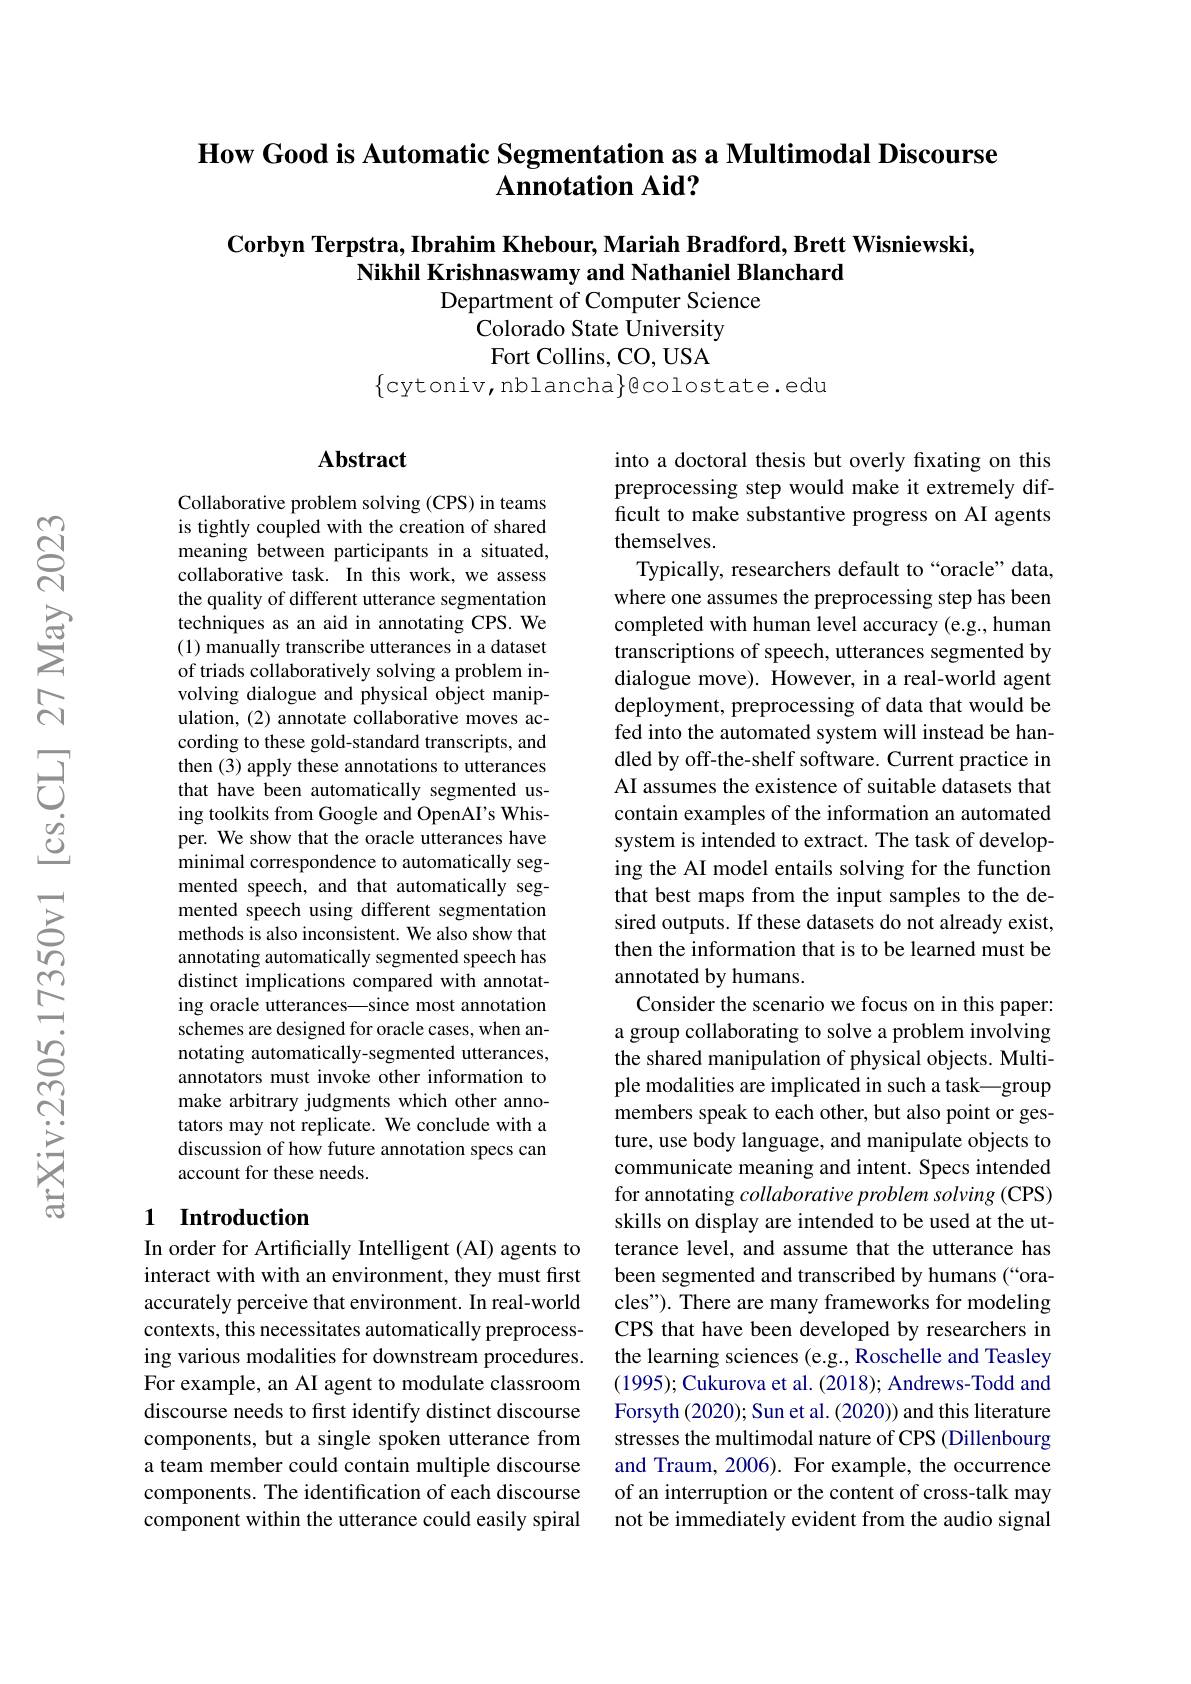
## How Good is Automatic Segmentation as a Multimodal Discourse $\textbf{Annotation Aid? }$

# Corbyn Terpstra, Ibrahim Khebour, Mariah Bradford, Brett Wisniewski, Nikhil Krishnaswamy and Nathaniel Blanchard Department of Computer Science

Colorado State University Fort Collins, CO, USA
$\{$cytoniv,nblancha$\}$gcolostate.edu

### $\mathbf{Abstract}$

Collaborative problem solving (CPS) in teams is tightly coupled with the creation of shared meaning between participants in a situated, collaborative task. In this work, we assess the quality of different utterance segmentation techniques as an aid in annotating CPS. We (1) manually transcribe utterances in a dataset of triads collaboratively solving a problem involving dialogue and physical object manipulation, (2) annotate collaborative moves according to these gold-standard transcripts, and then (3) apply these annotations to utterances that have been automatically segmented using toolkits from Google and OpenAI's Whisper. We show that the oracle utterances have minimal correspondence to automatically segmented speech, and that automatically segmented speech using different segmentation methods is also inconsistent. We also show that annotating automatically segmented speech has distinct implications compared with annotating oracle utterances—since most annotation schemes are designed for oracle cases, when annotating automatically-segmented utterances, annotators must invoke other information to make arbitrary judgments which other annotators may not replicate. We conclude with a discussion of how future annotation specs can account for these needs.

### 1 Introduction

In order for Artificially Intelligent (AI) agents to interact with with an environment, they must first accurately perceive that environment. In real-world contexts, this necessitates automatically preprocessing various modalities for downstream procedures. For example, an AI agent to modulate classroom discourse needs to frst identify distinct discourse components, but a single spoken utterance from a team member could contain multiple discourse components. The identification of each discourse component within the utterance could easily spiral

into a doctoral thesis but overly fixating on this preprocessing step would make it extremely difficult to make substantive progress on AI agents themselves.
Typically, researchers default to“oracle” data, where one assumes the preprocessing step has been completed with human level accuracy (e.g., human transcriptions of speech, utterances segmented by dialogue move). However, in a real-world agent deployment, preprocessing of data that would be fed into the automated system will instead be handled by off-the-shelf software. Current practice in AI assumes the existence of suitable datasets that contain examples of the information an automated system is intended to extract. The task of developing the AI model entails solving for the function that best maps from the input samples to the desired outputs. If these datasets do not already exist, then the information that is to be learned must be annotated by humans.
Consider the scenario we focus on in this paper: a group collaborating to solve a problem involving the shared manipulation of physical objects. Multiple modalities are implicated in such a task—group members speak to each other, but also point or gesture, use body language, and manipulate objects to communicate meaning and intent. Specs intended for annotating collaborative problem solving (CPS) skills on display are intended to be used at the utterance level, and assume that the utterance has been segmented and transcribed by humans (“oracles"). There are many frameworks for modeling CPS that have been developed by researchers in the learning sciences (e.g., Roschelle and Teasley (1995); Cukurova et al. (2018); Andrews-Todd and Forsyth (2020); Sun et al. (2020)) and this literature stresses the multimodal nature of CPS (Dillenbourg and Traum, 2006). For example, the occurrence of an interruption or the content of cross-talk may not be immediately evident from the audio signal